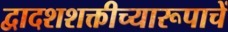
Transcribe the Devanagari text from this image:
द्वादशशक्तीच्यारूपाचें